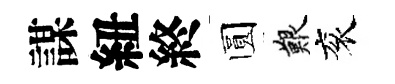
謀紐終圆艱衮